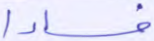
فسادا